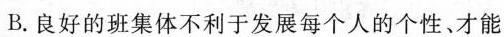
B.良好的班集体不利于发展每个人的个性、才能